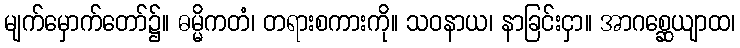
မျက်မှောက်တော်၌။ ဓမ္မိကတံ၊ တရားစကားကို။ သဝနာယ၊ နာခြင်းငှာ။ အာဂစ္ဆေယျာထ၊